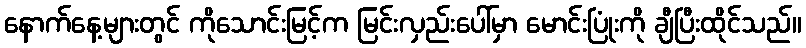
နောက်နေ့များတွင် ကိုသောင်းမြင့်က မြင်းလှည်းပေါ်မှာ မောင်းပြုံးကို ချီပြီးထိုင်သည်။